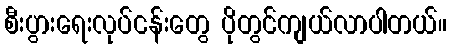
စီးပွားရေးလုပ်ငန်းတွေ ပိုတွင်ကျယ်လာပါတယ်။